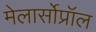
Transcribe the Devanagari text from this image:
मेलार्सोप्रॉल